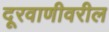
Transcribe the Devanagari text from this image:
दूरवाणीवरील